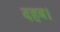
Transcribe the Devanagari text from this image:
दहब।